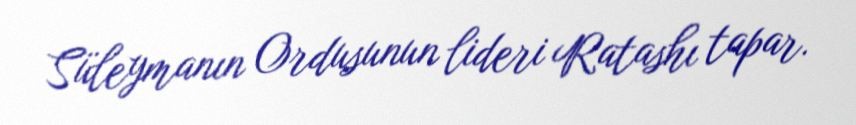
Süleymanın Ordusunun lideri Ratashı tapar.